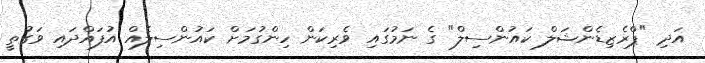
އަދި "ޕްރެޒިޑެންޝަލް ކައުންސިލް" ގެ ނަމުގައި ވެރިކަން ހިންގުމަށް ކައުންސިލެއް އުފައްދައި ވަގުތީ